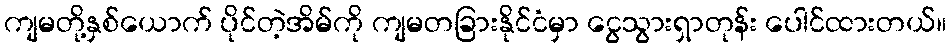
ကျမတို့နှစ်ယောက် ပိုင်တဲ့အိမ်ကို ကျမတခြားနိုင်ငံမှာ ငွေသွားရှာတုန်း ပေါင်ထားတယ်။